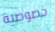
خصوصية